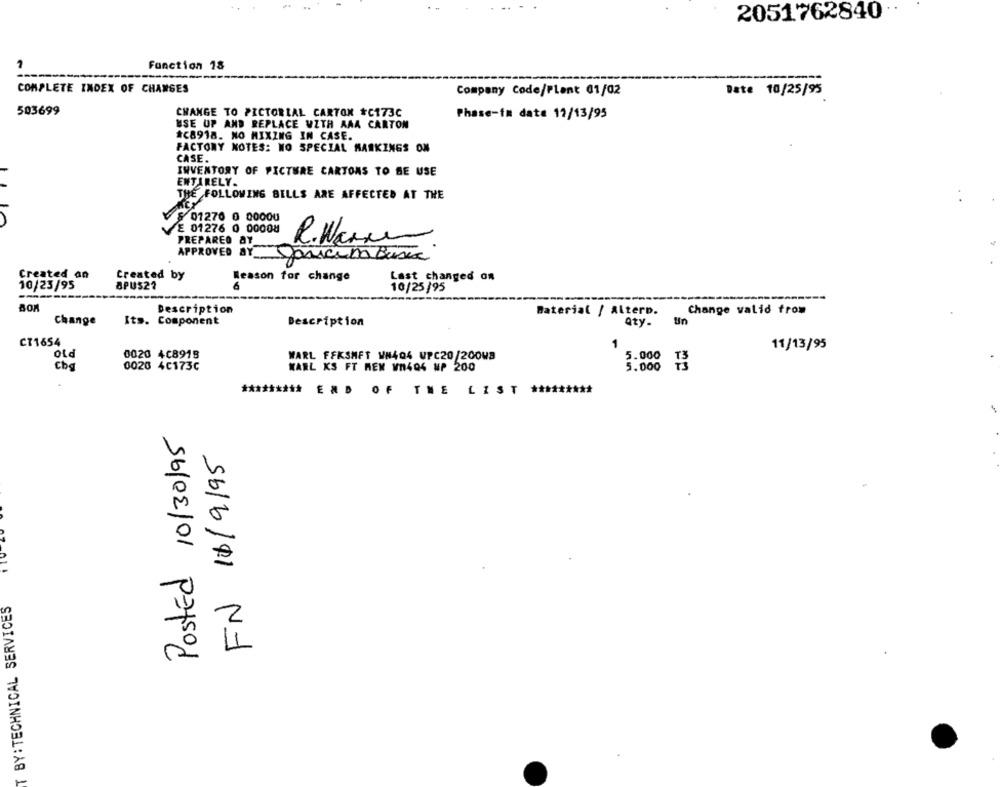
2051762840
1
Fonction 18
COMPLETE INDEX OF CHANGES
Company Code/Plant 01/02
Date 10/25/95
503699
CHANGE TO PICTORIAL CARTON #C173C
Phase-im date 11/13/95
USE UP AND REPLACE UZTH AAA CARTON
#C8918. NO MIXING IN CASE.
FACTONY NOTES: NO SPECIAL MARKINGS ON
CASE.
INVENTORY OF PICTURE CARTONS TO BE USE
ENTIRELY.
THE FOLLOWING BILLS ARE AFFECTED AT THE
& 01270 0 00000
E 01276 0 00008
PREPAREO AY
R. War.
APPROVED BY
Janicena Busca
Created an
Created by
Reason for change
Last changed on
10/23/95
SPUS2?
6
10/25/95
---
--
Description
Baterial / Altern.
Change valid from
Change
Its. Component
Description
Qty.
Un
CT1654
11/13/95
0020 4C8918
old
WARL FFKSMFT WH404 VPC20/20048
Cbg
0020 4C173C
WARL KS FT MEM WN404 MP 200
5.000 13
5.000
********* END OF THE LIST *********
Posted 10/30/95
FN 11/9/95
BY:TECHNICAL SERVICES